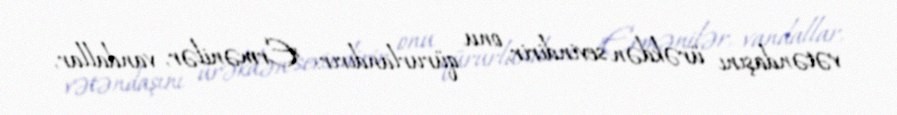
vətəndaşını ürəkdən sevindirir, onu qürurlandırır: "Ermənilər, vandallar,